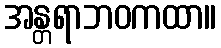
အန္တရာဘဝကထာ။